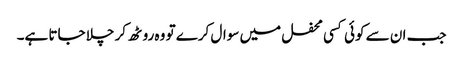
جب ان سے کوئی کسی محفل میں سوال کرے تو وہ روٹھ کر چلا جاتا ہے۔